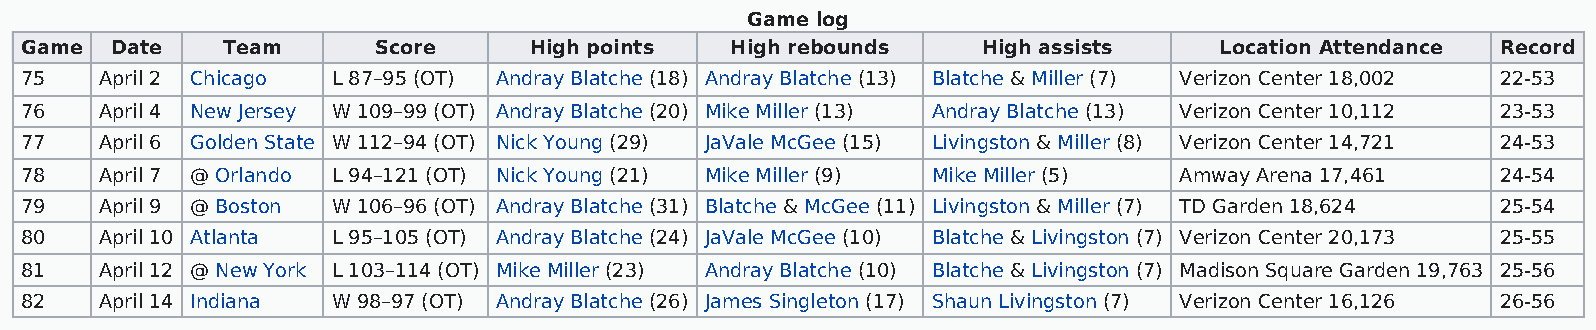
Game log
 Game  Date    Team      Score     High points  High rebounds    High assists    Location Attendance Record
 75    April 2 Chicago L 87–95 (OT) Andray Blatche (18) Andray Blatche (13) Blatche & Miller (7) Verizon Center 18,002 22-53
 76    April 4 New Jersey W 109–99 (OT) Andray Blatche (20) Mike Miller (13) Andray Blatche (13) Verizon Center 10,112 23-53
 77    April 6 Golden State W 112–94 (OT) Nick Young (29) JaVale McGee (15) Livingston & Miller (8) Verizon Center 14,721 24-53
 78    April 7 @ Orlando L 94–121 (OT) Nick Young (21) Mike Miller (9) Mike Miller (5) Amway Arena 17,461 24-54
 79    April 9 @ Boston W 106–96 (OT) Andray Blatche (31) Blatche & McGee (11) Livingston & Miller (7) TD Garden 18,624 25-54
 80    April 10 Atlanta L 95–105 (OT) Andray Blatche (24) JaVale McGee (10) Blatche & Livingston (7) Verizon Center 20,173 25-55
 81    April 12 @ New York L 103–114 (OT) Mike Miller (23) Andray Blatche (10) Blatche & Livingston (7) Madison Square Garden 19,763 25-56
 82    April 14 Indiana W 98–97 (OT) Andray Blatche (26) James Singleton (17) Shaun Livingston (7) Verizon Center 16,126 26-56